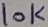
Text: 10K